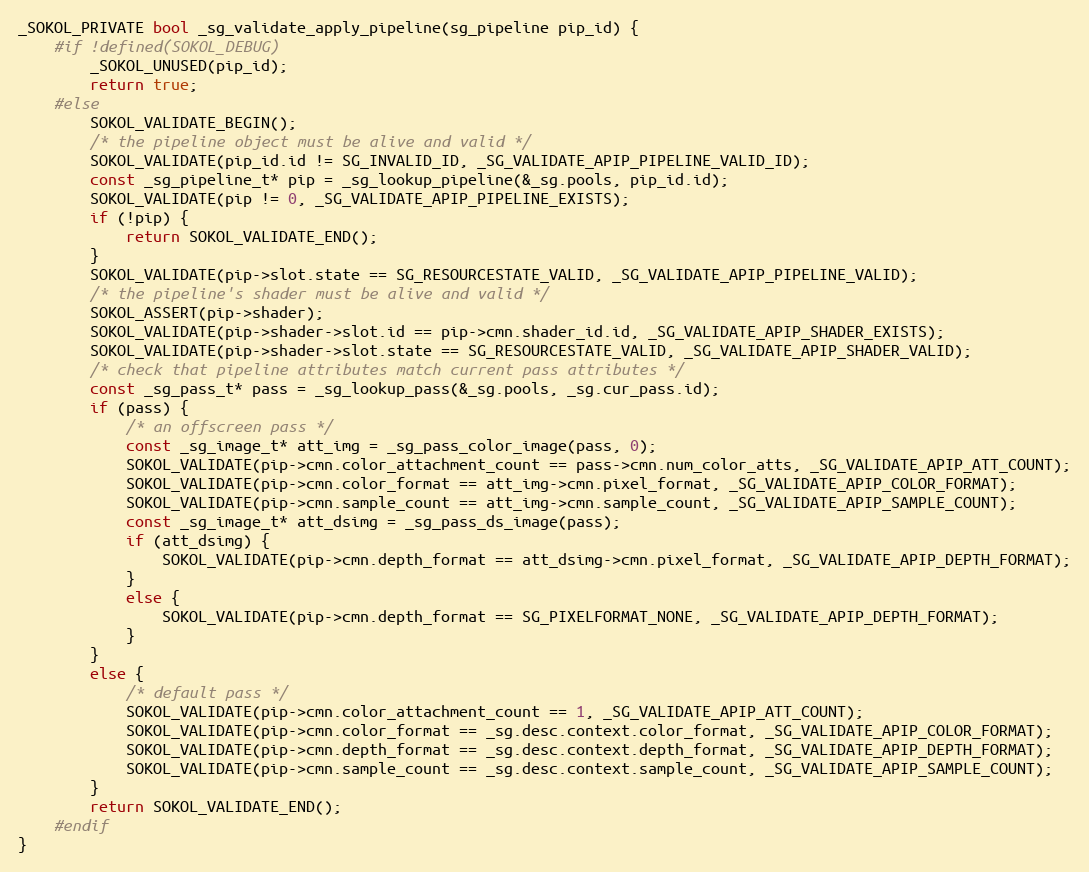
Language: C
_SOKOL_PRIVATE bool _sg_validate_apply_pipeline(sg_pipeline pip_id) {
    #if !defined(SOKOL_DEBUG)
        _SOKOL_UNUSED(pip_id);
        return true;
    #else
        SOKOL_VALIDATE_BEGIN();
        /* the pipeline object must be alive and valid */
        SOKOL_VALIDATE(pip_id.id != SG_INVALID_ID, _SG_VALIDATE_APIP_PIPELINE_VALID_ID);
        const _sg_pipeline_t* pip = _sg_lookup_pipeline(&_sg.pools, pip_id.id);
        SOKOL_VALIDATE(pip != 0, _SG_VALIDATE_APIP_PIPELINE_EXISTS);
        if (!pip) {
            return SOKOL_VALIDATE_END();
        }
        SOKOL_VALIDATE(pip->slot.state == SG_RESOURCESTATE_VALID, _SG_VALIDATE_APIP_PIPELINE_VALID);
        /* the pipeline's shader must be alive and valid */
        SOKOL_ASSERT(pip->shader);
        SOKOL_VALIDATE(pip->shader->slot.id == pip->cmn.shader_id.id, _SG_VALIDATE_APIP_SHADER_EXISTS);
        SOKOL_VALIDATE(pip->shader->slot.state == SG_RESOURCESTATE_VALID, _SG_VALIDATE_APIP_SHADER_VALID);
        /* check that pipeline attributes match current pass attributes */
        const _sg_pass_t* pass = _sg_lookup_pass(&_sg.pools, _sg.cur_pass.id);
        if (pass) {
            /* an offscreen pass */
            const _sg_image_t* att_img = _sg_pass_color_image(pass, 0);
            SOKOL_VALIDATE(pip->cmn.color_attachment_count == pass->cmn.num_color_atts, _SG_VALIDATE_APIP_ATT_COUNT);
            SOKOL_VALIDATE(pip->cmn.color_format == att_img->cmn.pixel_format, _SG_VALIDATE_APIP_COLOR_FORMAT);
            SOKOL_VALIDATE(pip->cmn.sample_count == att_img->cmn.sample_count, _SG_VALIDATE_APIP_SAMPLE_COUNT);
            const _sg_image_t* att_dsimg = _sg_pass_ds_image(pass);
            if (att_dsimg) {
                SOKOL_VALIDATE(pip->cmn.depth_format == att_dsimg->cmn.pixel_format, _SG_VALIDATE_APIP_DEPTH_FORMAT);
            }
            else {
                SOKOL_VALIDATE(pip->cmn.depth_format == SG_PIXELFORMAT_NONE, _SG_VALIDATE_APIP_DEPTH_FORMAT);
            }
        }
        else {
            /* default pass */
            SOKOL_VALIDATE(pip->cmn.color_attachment_count == 1, _SG_VALIDATE_APIP_ATT_COUNT);
            SOKOL_VALIDATE(pip->cmn.color_format == _sg.desc.context.color_format, _SG_VALIDATE_APIP_COLOR_FORMAT);
            SOKOL_VALIDATE(pip->cmn.depth_format == _sg.desc.context.depth_format, _SG_VALIDATE_APIP_DEPTH_FORMAT);
            SOKOL_VALIDATE(pip->cmn.sample_count == _sg.desc.context.sample_count, _SG_VALIDATE_APIP_SAMPLE_COUNT);
        }
        return SOKOL_VALIDATE_END();
    #endif
}